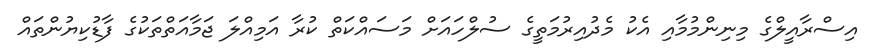
އިސްރާއީލްގެ މިނިންމުމާއި އެކު މެދުއިރުމަތީގެ ސުލްހައަށް މަސައްކަތް ކުރާ އަމިއްލަ ޖަމާއަތްތަކުގެ ފާޑުކިޔުންތައް